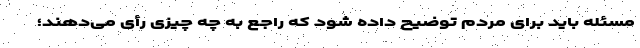
مسئله باید برای مردم توضیح داده شود که راجع به چه چیزی رأى می‌دهند؛